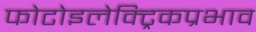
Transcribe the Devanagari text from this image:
फोटोइलेक्ट्रिकप्रभाव